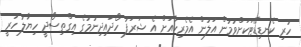
ހުރި ކެނޑިޑޭޓަކަށްވުމުން އަލުން އެމެރިކާއަށް އެ ޝަރަފު ހޯދައިދިނުމުގެ އިގްތިސޯދީ ހިޔާލު ހުރީ